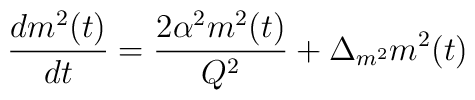
\frac{d m^2(t)}{dt}=\frac{2\alpha^2 m^2(t)}{Q^2}+\Delta_{m^2}m^2(t)